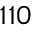
^ { 1 1 0 }